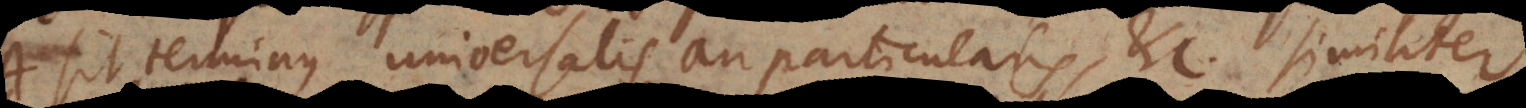
sit terminus universalis an particularis, etc. similiter